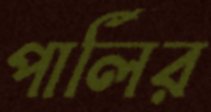
পার্লির